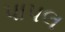
પાપલ